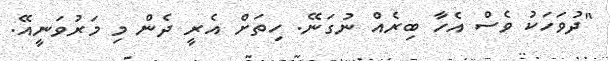
"ދުވަހަކު ވެސް އެހާ ބިރެއް ނުގަނޭ. ހިތަށް އެރީ ދެން މި މަރުވަނީއޭ.